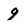
Character: 9